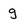
Character: g